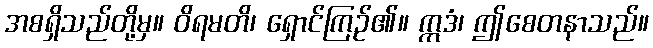
အစရှိသည်တို့မှ။ ဝိရမတိ၊ ရှောင်ကြဉ်၏။ ဣဒံ၊ ဤစေတနာသည်။